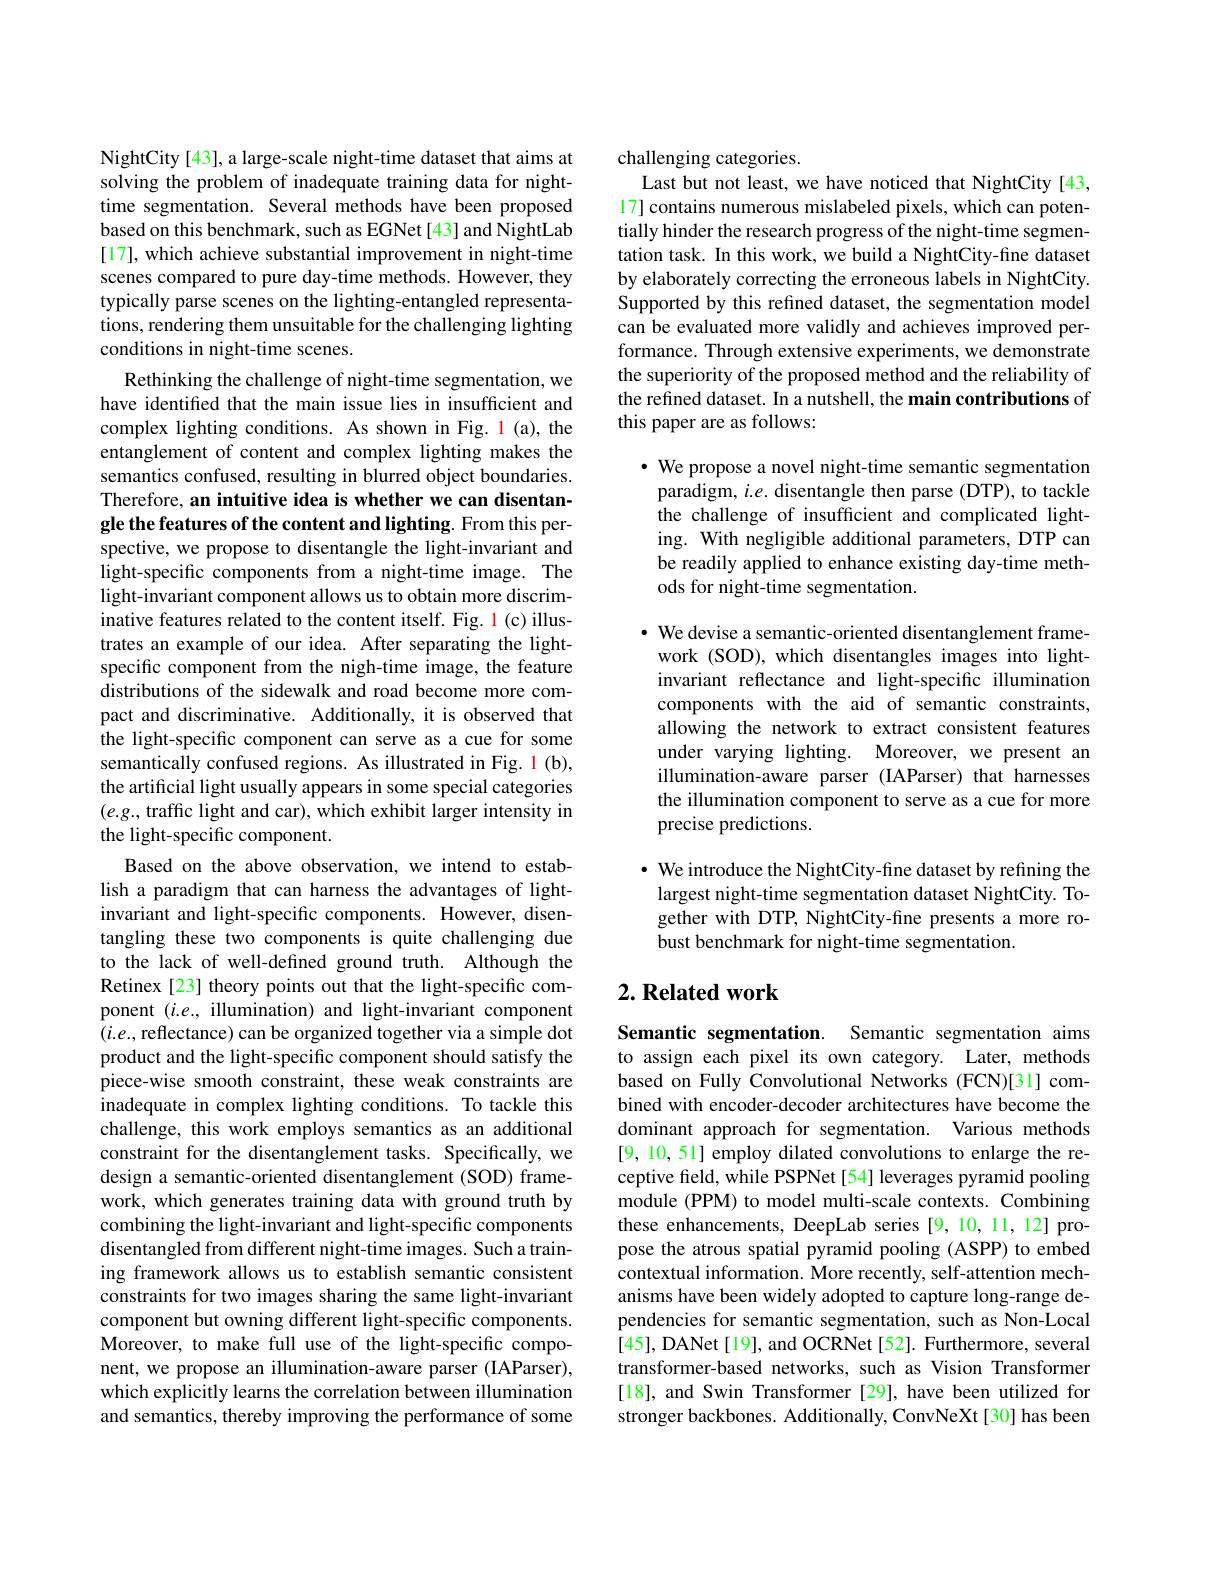
NightCity [43], a large-scale night-time dataset that aims at solving the problem of inadequate training data for nighttime segmentation. Several methods have been proposed based on this benchmark, such as EGNet[43] and NightLab [17], which achieve substantial improvement in night-time scenes compared to pure day-time methods. However, they typically parse scenes on the lighting-entangled representations, rendering them unsuitable for the challenging lighting conditions in night-time scenes.
Rethinking the challenge of night-time segmentation, we have identified that the main issue lies in insufficient and complex lighting conditions. As shown in Fig. 1 (a), the entanglement of content and complex lighting makes the semantics confused, resulting in blurred object boundaries. Therefore, an intuitive idea is whether we can disentangle the features of the content and lighting. From this perspective, we propose to disentangle the light-invariant and light-specific components from a night-time image. The light-invariant component allows us to obtain more discriminative features related to the content itself. Fig. l(c) illustrates an example of our idea. After separating the lightspecific component from the nigh-time image, the feature distributions of the sidewalk and road become more compact and discriminative. Additionally, it is observed that the light-specific component can serve as a cue for some semantically confused regions. As illustrated in Fig. 1 (b), the artificial light usually appears in some special categories $(e.g.$, traffic light and car), which exhibit larger intensity in the light-specific component.
Based on the above observation, we intend to establish a paradigm that can harness the advantages of lightinvariant and light-specific components. However, disentangling these two components is quite challenging due to the lack of well-defined ground truth. Although the Retinex[23] theory points out that the light-specific component $(i.e.$, illumination) and light-invariant component $(i.e.$, reflectance) can be organized together via a simple dot product and the light-specific component should satisfy the piece-wise smooth constraint, these weak constraints are inadequate in complex lighting conditions. To tackle this challenge, this work employs semantics as an additional constraint for the disentanglement tasks. Specifically, we design a semantic-oriented disentanglement (SOD) framework, which generates training data with ground truth by combining the light-invariant and light-specific components disentangled from different night-time images. Such a training framework allows us to establish semantic consistent constraints for two images sharing the same light-invariant component but owning different light-specific components. Moreover, to make full use of the light-specific component, we propose an illumination-aware parser (IAParser), which explicitly learns the correlation between illumination and semantics, thereby improving the performance of some

challenging categories.
Last but not least, we have noticed that NightCity [43, 17] contains numerous mislabeled pixels, which can potentially hinder the research progress of the night-time segmentation task. In this work, we build a NightCity-fine dataset by elaborately correcting the erroneous labels in NightCity. Supported by this refined dataset, the segmentation model can be evaluated more validly and achieves improved performance. Through extensive experiments, we demonstrate the superiority of the proposed method and the reliability of the refined dataset. In a nutshell, the main contributions of this paper are as follows:

$\cdot$ We propose a novel night-time semantic segmentation paradigm, $i.e.$ disentangle then parse (DTP), to tackle the challenge of insufficient and complicated lighting. With negligible additional parameters, DTP can be readily applied to enhance existing day-time methods for night-time segmentation.

· We devise a semantic-oriented disentanglement framework (SOD), which disentangles images into lightinvariant reflectance and light-specific illumination components with the aid of semantic constraints, allowing the network to extract consistent features under varying lighting. Moreover, we present an illumination-aware parser (IAParser) that harnesses the illumination component to serve as a cue for more precise predictions.

$\cdot$ We introduce the NightCity-fine dataset by refining the largest night-time segmentation dataset NightCity. Together with DTP, NightCity-fine presents a more robust benchmark for night-time segmentation.

## $2. \textbf{ Related work}$

Semantic segmentation. Semantic segmentation aims to assign each pixel its own category. Later, methods based on Fully Convolutional Networks (FCN)[31] combined with encoder-decoder architectures have become the dominant approach for segmentation. Various methods [9, 10, 51] employ dilated convolutions to enlarge the receptive field, while PSPNet [54] leverages pyramid pooling module (PPM) to model multi-scale contexts. Combining these enhancements, DeepLab series [9, 10, 11, 12] propose the atrous spatial pyramid pooling (ASPP) to embed contextual information. More recently, self-attention mechanisms have been widely adopted to capture long-range dependencies for semantic segmentation, such as Non-Local [45], DANet[19], and OCRNet[52]. Furthermore, several transformer-based networks, such as Vision Transformer [18], and Swin Transformer [29], have been utilized for stronger backbones. Additionally, ConvNeXt[30] has been